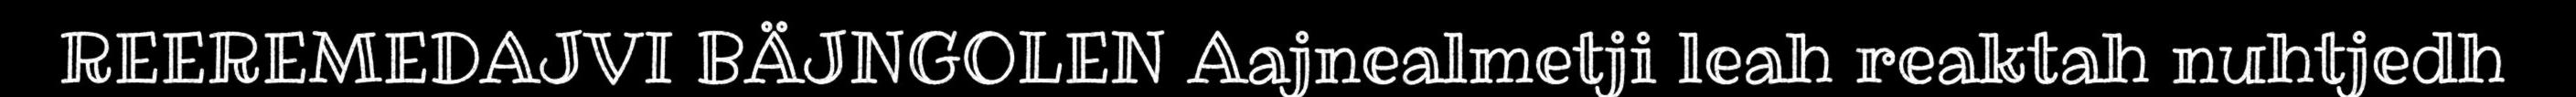
REEREMEDAJVI BÄJNGOLEN Aajnealmetji leah reaktah nuhtjedh